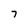
Character: 7